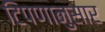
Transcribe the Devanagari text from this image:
टिपणानुसार